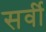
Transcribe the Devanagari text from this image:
सर्वी